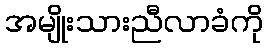
အမျိုးသားညီလာခံကို